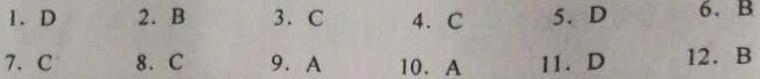
1. D
2. B
3. C
4. C
5. D
6. B
7. C
8. C
9. A
10. A
11. D
12. B